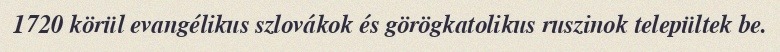
1720 körül evangélikus szlovákok és görögkatolikus ruszinok települtek be.